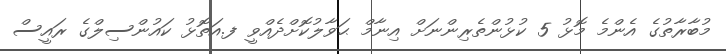
މުބާރާތުގެ އެންމެ މޮޅު 5 ކުޅުންތެރިންނަށް އިނާމް ޙަވާލުކޮށްދެއްވީ ފ.އަތޮޅު ކައުންސިލްގެ ރައީސް